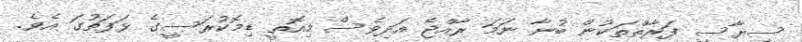
ސިޔާސީ ފަރާތްތަކުން ބުނާ ނަމަ ރާއްޖެ އަދިވެސް މިއޮތީ ޑިމޮކުރަސީގެ ޅަފަތުގަ އެވެ.